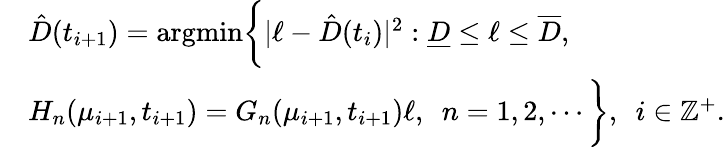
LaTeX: \begin{array}{rl}&{\hat{D}(t_{i+1})=\mathrm{argmin}\bigg\{ |\ell-\hat{D}(t_{i})|^{2}:{\underline{D}\le\ell\le\overline{D}},}\\ &{H_{n}(\mu_{i+1},t_{i+1})=G_{n}(\mu_{i+1},t_{i+1})\ell,~~n=1,2,\cdots\bigg\} ,~~i\in\mathbb Z^{+}.}\end{array}